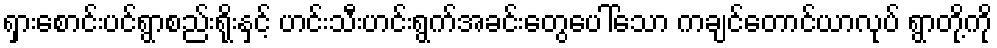
ရှားစောင်းပင်ရွာစည်းရိုးနှင့် ဟင်းသီးဟင်းရွက်အခင်းတွေပေါ်သော ကချင်တောင်ယာလုပ် ရွာတို့ကို